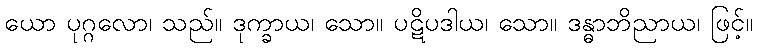
ယော ပုဂ္ဂလော၊ သည်။ ဒုက္ခာယ၊ သော။ ပဋိပဒါယ၊ သော။ ဒန္ဓာဘိညာယ၊ ဖြင့်။